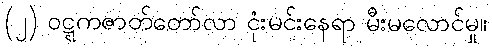
(၂) ဝဋ္ဋကဇာတ်တော်လာ ငုံးမင်းနေရာ မီးမလောင်မှု။